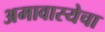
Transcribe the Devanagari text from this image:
अमावास्येचा